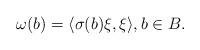
LaTeX: \begin{align*}\omega(b)=\langle \sigma(b)\xi,\xi\rangle, b\in B.\end{align*}